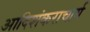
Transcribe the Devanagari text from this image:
आदिशंकराचार्य